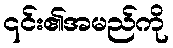
၎င်း၏အမည်ကို